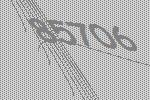
85706